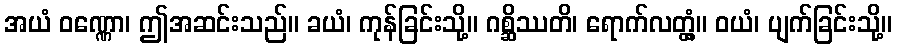
အယံ ဝဏ္ဏော၊ ဤအဆင်းသည်။ ခယံ၊ ကုန်ခြင်းသို့။ ဂစ္ဆိဿတိ၊ ရောက်လတ္တံ့။ ဝယံ၊ ပျက်ခြင်းသို့။